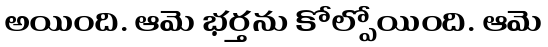
అయింది. ఆమె భర్తను కోల్పోయింది. ఆమె